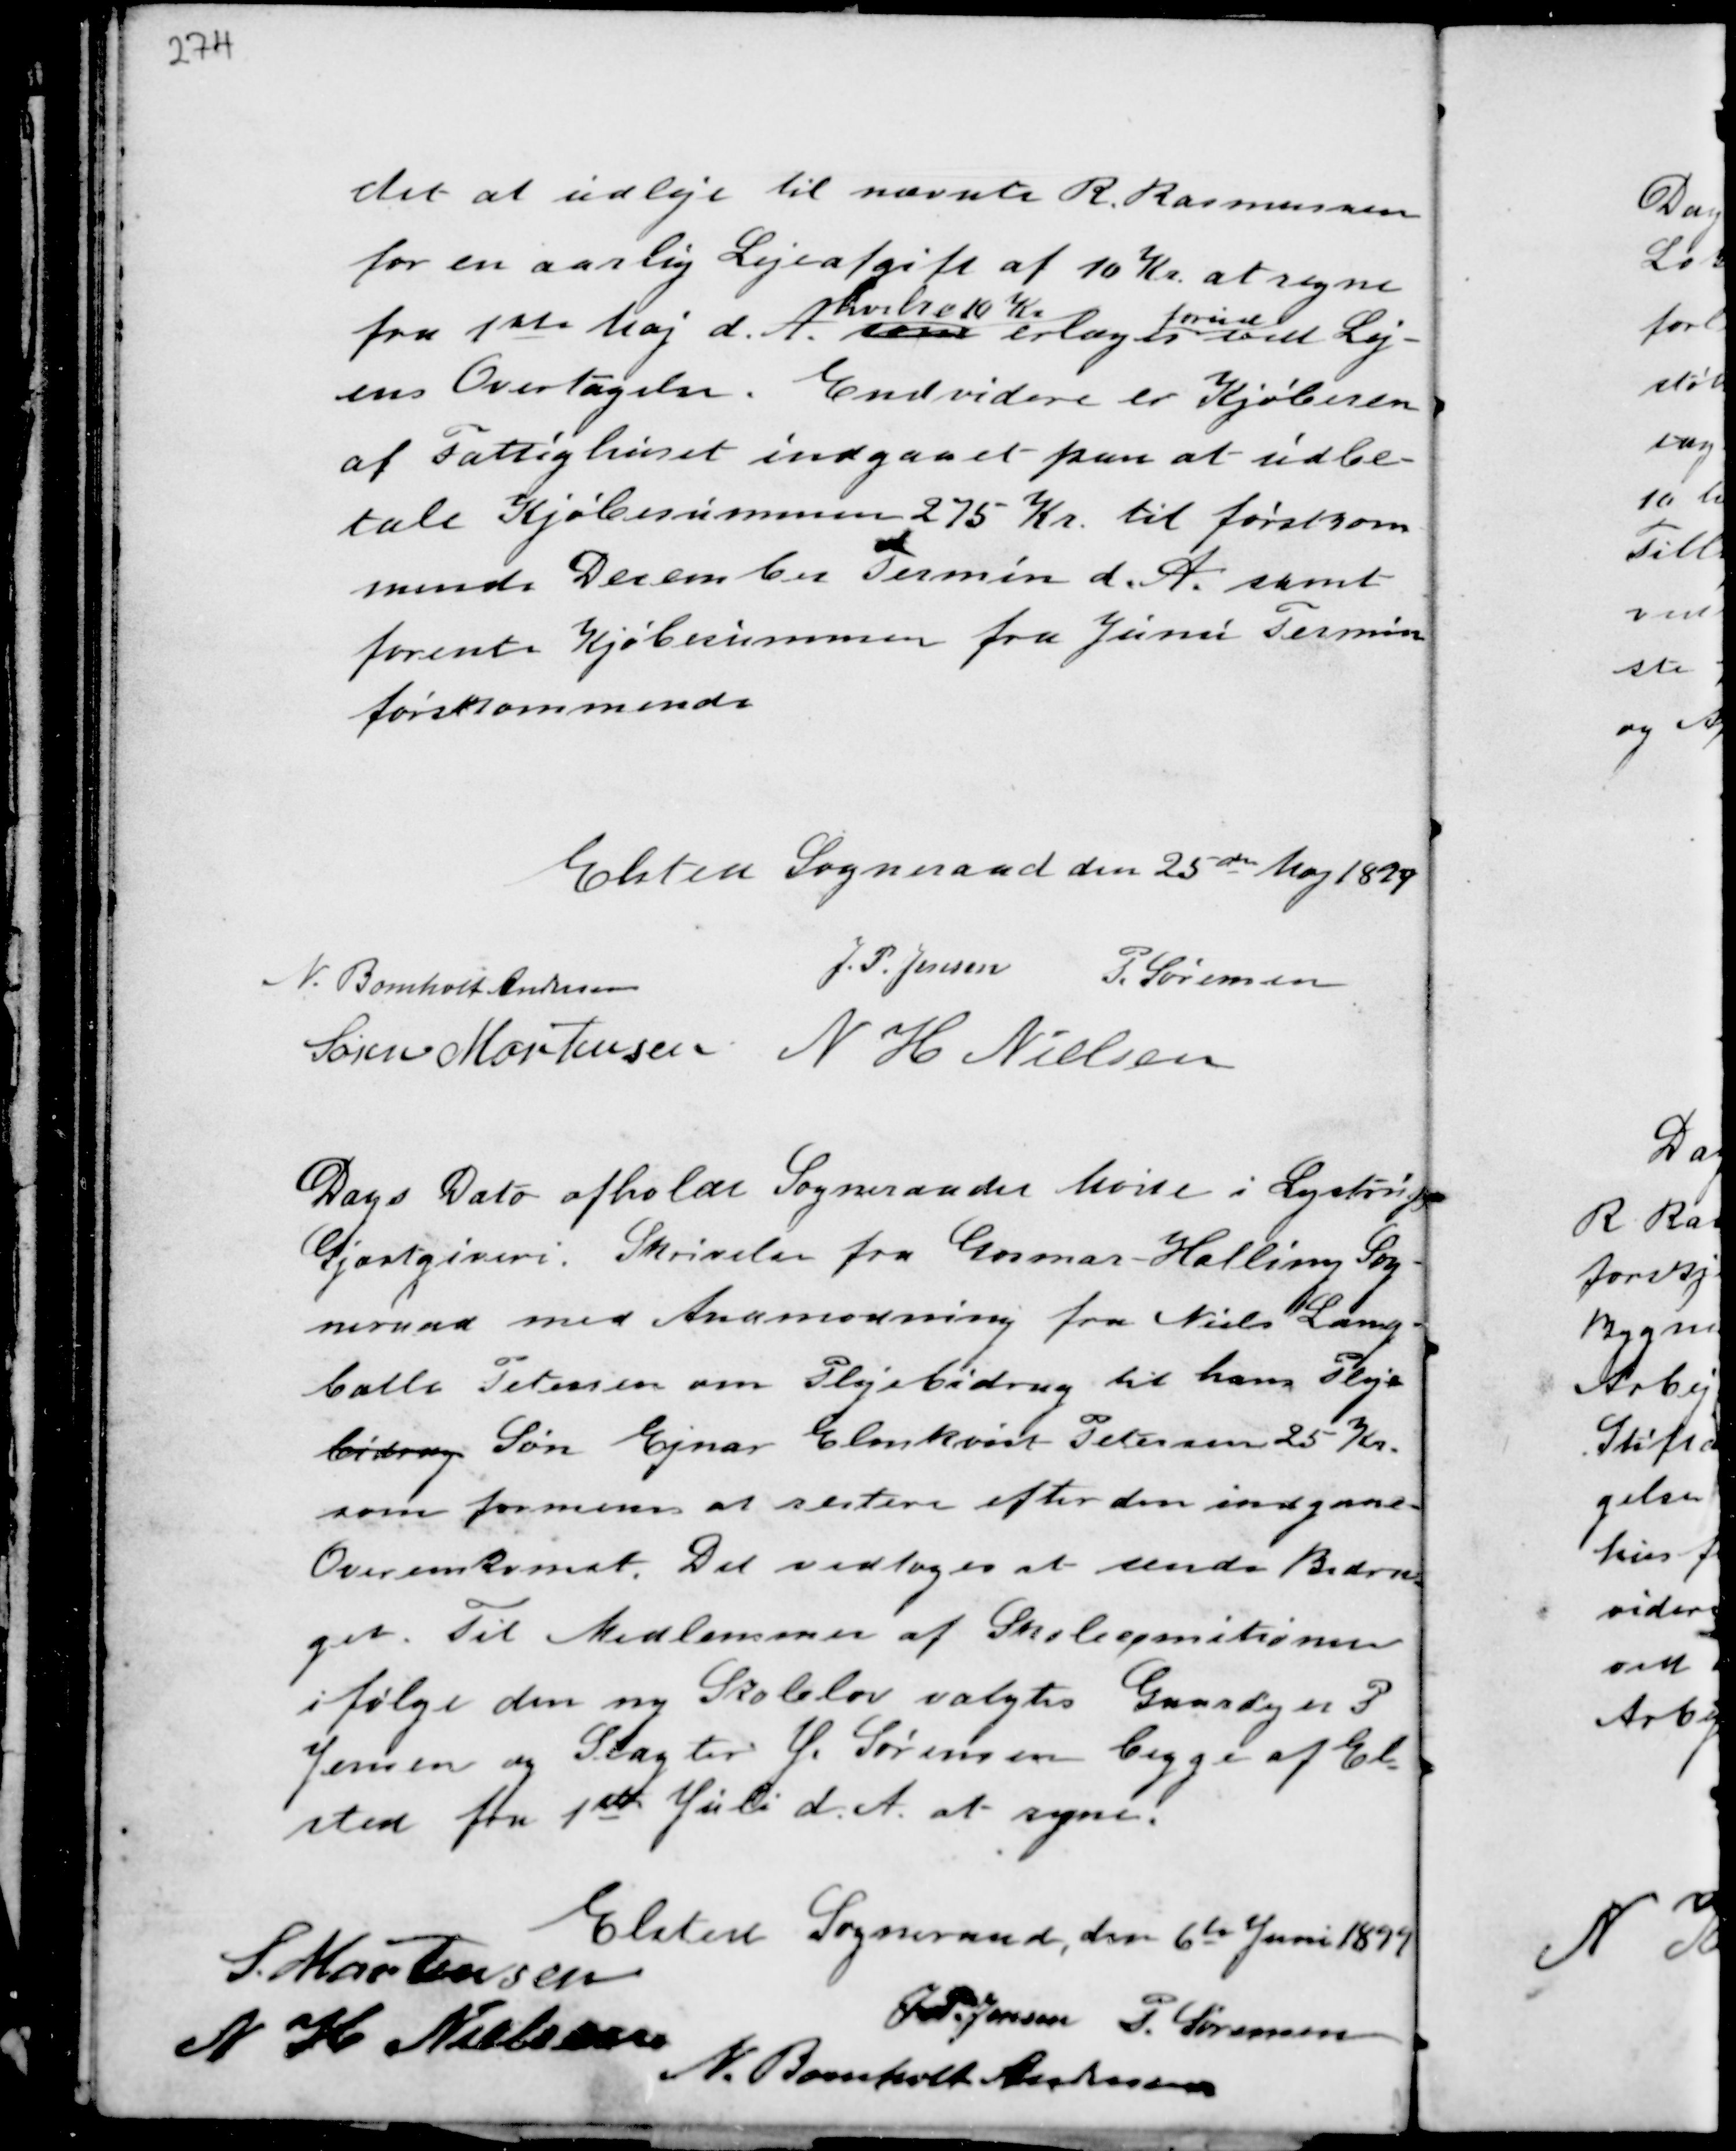
Transskription:
det at udleje til nævnte R. Rasmussen
for en aarlig Lejeafgift af 10 Kr at regne
fra 1ste Maj d.A. som
hvilre 10 Kr
erlæges
forud
ved Lej-
ens Overtagelse. Endvidere er Kjøberen
af Fattighuset indgaaet paa at udbe-
tale Kjøbssummen 275 Kr. til førstkom-
mende December Termin d.A. samt
forente Kjøbsummen fra Juni Termin
førstkommende.

Elsted Sogneraad den 25de Maj 1899
N. Bomholt Andersen
J.P. Jensen P. Sørensen
Søren Mortensen N H Nielsen

Dags Dato afholdt Sogneraadet Møde i Lystrup
Gjæstgiveri. Skrivelse fra Gosmer - Halling Sog-
neraad med Anmodning fra Niels Lang-
balle Petersen om Plejebidrag til hans Pleje
bidrag Søn Ejnar Elmkvist Petersen 25 Kr.
som formenes at restere efter den indgaaede
Overenskomst. Det vedtoges at sende Bidra-
get. Til Medlemmer af Skoleepmitionen
ifølge den nye Skolelov valgtes Gaardejer P.
Jensen og Slagter J. Sørensen begge af El-
sted fra 1 ste Juli d.A. at regne.

Elsted Sogneraad, den 6de Juni 1899
S. Mortensen
J.P. Jensen P. Sørensen
N H Nielsen
N. Bomholt Andersen